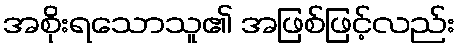
အစိုးရသောသူ၏ အဖြစ်ဖြင့်လည်း